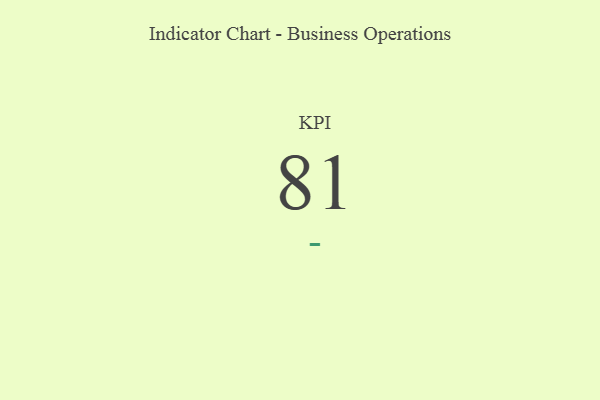
{"axis": {"x": "KPI", "y": "Value"}, "legend": [""], "data": [{"x": "KPI", "y": 81, "type": ""}]}